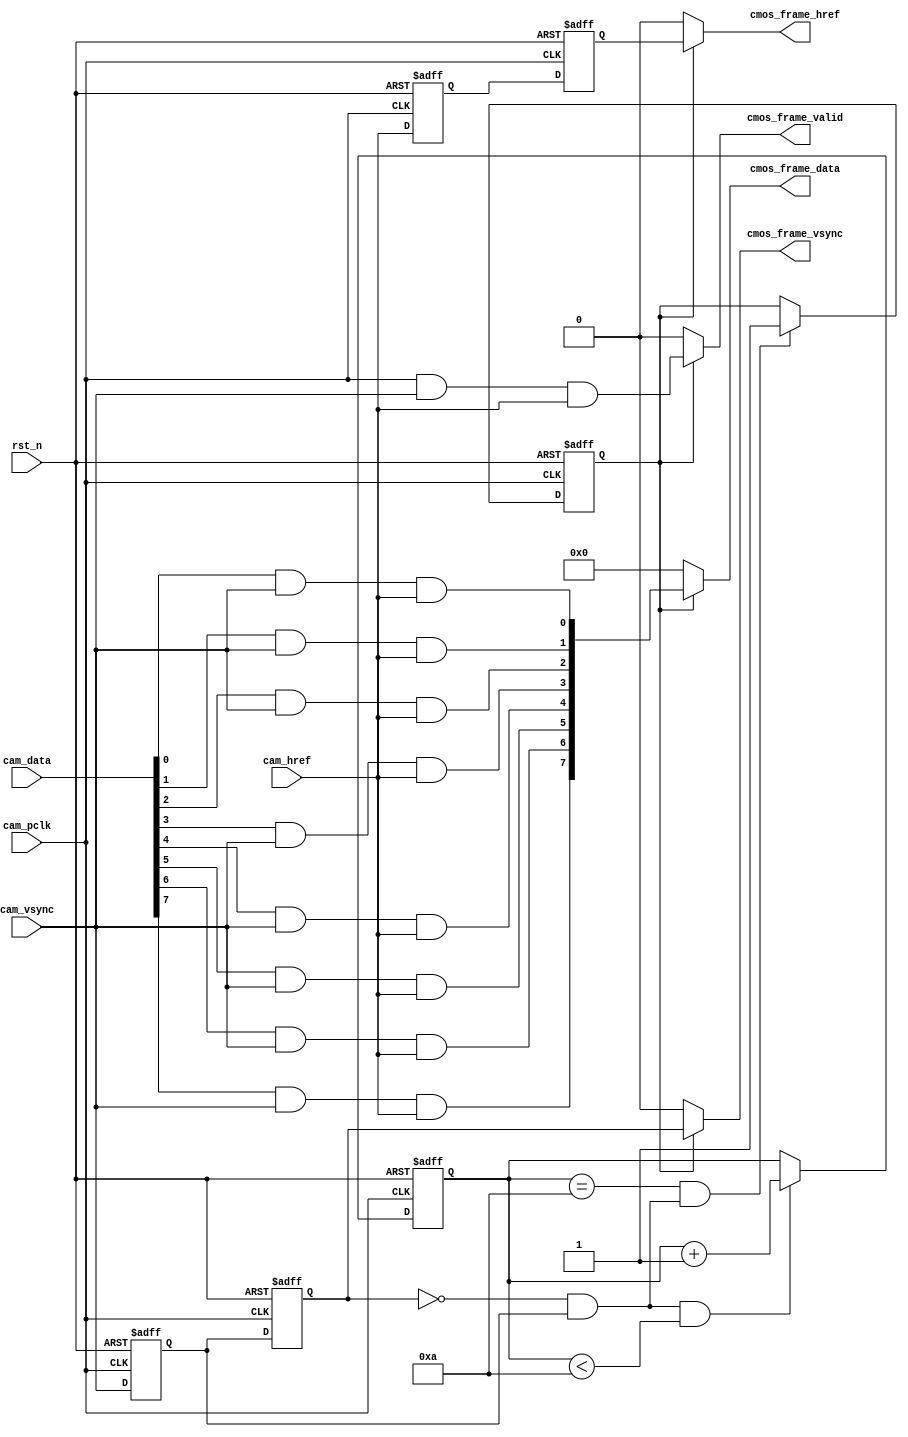
module cmos_capture_data(
    input                 rst_n           ,  //
    //
    input                 cam_pclk        ,  //cmos 
    input                 cam_vsync       ,  //cmos 
    input                 cam_href        ,  //cmos 
    input        [7:0]    cam_data        ,  //cmos                              
    //
    output                cmos_frame_vsync,  //
    output                cmos_frame_href ,  //
    output                cmos_frame_valid,  //
    output       [7:0]    cmos_frame_data    //
    );

//10
//
parameter  WAIT_FRAME = 4'd10  ;             //            

//reg define
reg             cam_vsync_d0   ;
reg             cam_vsync_d1   ;
reg             cam_href_d0    ;
reg             cam_href_d1    ;
reg    [3:0]    cmos_ps_cnt    ;             //
reg             frame_val_flag ;             //
          
wire    [7:0]    cmos_data_t    ;         
wire             byte_flag_d0   ;

//wire define
wire            pos_vsync      ;

//*****************************************************
//**                    main code
//*****************************************************

//
assign pos_vsync = (~cam_vsync_d1) & cam_vsync_d0;  

assign byte_flag_d0 = cam_pclk & cam_vsync & cam_href;

assign cmos_data_t[0] = cam_data[0] & cam_vsync & cam_href;
assign cmos_data_t[1] = cam_data[1] & cam_vsync & cam_href;
assign cmos_data_t[2] = cam_data[2] & cam_vsync & cam_href;
assign cmos_data_t[3] = cam_data[3] & cam_vsync & cam_href;
assign cmos_data_t[4] = cam_data[4] & cam_vsync & cam_href;
assign cmos_data_t[5] = cam_data[5] & cam_vsync & cam_href;
assign cmos_data_t[6] = cam_data[6] & cam_vsync & cam_href;
assign cmos_data_t[7] = cam_data[7] & cam_vsync & cam_href;

//
assign  cmos_frame_vsync = frame_val_flag  ?  cam_vsync_d1  :  1'b0; 
//
assign  cmos_frame_href  = frame_val_flag  ?  cam_href_d1   :  1'b0; 
//
assign  cmos_frame_valid = frame_val_flag  ?  byte_flag_d0  :  1'b0; 
//
assign  cmos_frame_data  = frame_val_flag  ?  cmos_data_t   :  1'b0; 

//
always @(posedge cam_pclk or negedge rst_n) begin
    if(!rst_n) begin
        cam_vsync_d0 <= 1'b0;
        cam_vsync_d1 <= 1'b0;
        cam_href_d0 <= 1'b0;
        cam_href_d1 <= 1'b0;
    end
    else begin
        cam_vsync_d0 <= cam_vsync;
        cam_vsync_d1 <= cam_vsync_d0;
        cam_href_d0 <= cam_href;
        cam_href_d1 <= cam_href_d0;
    end
end

//
always @(posedge cam_pclk or negedge rst_n) begin
    if(!rst_n)
        cmos_ps_cnt <= 4'd0;
    else if(pos_vsync && (cmos_ps_cnt < WAIT_FRAME))
        cmos_ps_cnt <= cmos_ps_cnt + 4'd1;
end

//
always @(posedge cam_pclk or negedge rst_n) begin
    if(!rst_n)
        frame_val_flag <= 1'b0;
    else if((cmos_ps_cnt == WAIT_FRAME) && pos_vsync)
        frame_val_flag <= 1'b1;
    else;    
end

endmodule